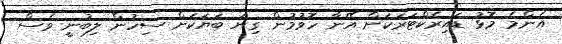
އެންމެ މޮޅު ޑައިރެކްޓަރަކަށް އޭނާ ހޮވުމުން ގިނަ ބަޔަކަށް ސިހުން ލިބުނީ ވެސް